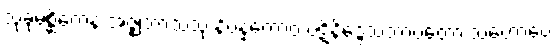
သုခုမစ္ဆိကေန အဇ္ဈဘာသိံသု နိပန္နကောဝ ပဋိနိဒ္ဒေသဘာဝတော သတောပေ